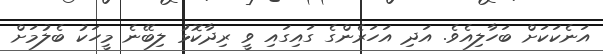
އަނެކަކަށް ބަހާލިއެވެ. އަދި އަހަރެންގެ ގައިގައި ވީ ރިދާކޮޅު ލިބޭނެ މީހަކު ބެލުމަށް